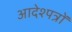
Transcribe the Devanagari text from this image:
आदेश्पत्रों